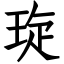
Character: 琁